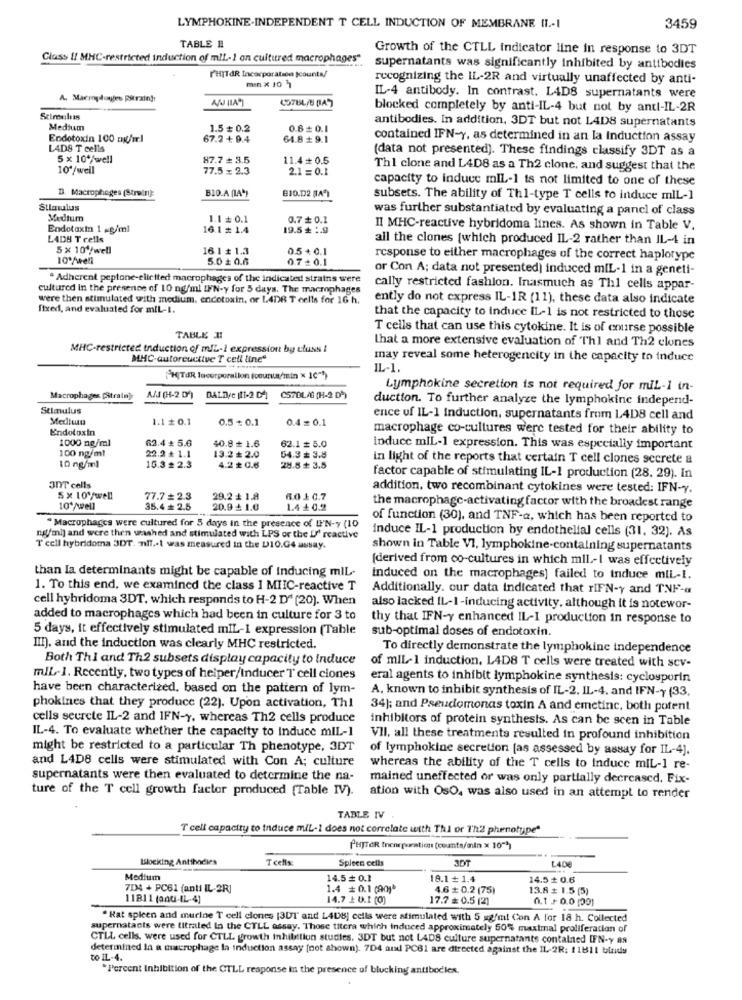
LYMPHOKINE-INDEPENDENT T CELL INDUCTION OF MEMBRANE II .- 1
3459
TABLE #
Growth of the CTLL indicator line in response to 3DT
Class !! MHC-restricted induction of mlL-1 on cultured macrophages"
supernatants was significantly inhibited by antibodies
PHITAR Incorporation |counts/
recognizing the IL-2R and virtually unaffected by anti-
menX 10 7
IL-4 antibody. In contrast. L4D8 supernatants were
blocked completely by anti-IL-4 but not by anti-IL-2R
Stimulus
antibodies. In addition, 3DT but not L4D8 supernatants
Medium
1.5 = 0.2
0.8+ 0.1
Endotoxin 100 mg/ml
67.2 + 9.4
64.8 + 9.1
contained IFN-Y, as determined in an la Induction assay
LADS T cells
(data not presented). These findings classify 3DT as a
5 x 10*/well
87.7 + 3.5
11.4+ 0.5
10'/well
77.5= 2.3
2.1 = 0.1
Thl clone and L4D8 as a Th2 clone, and suggest that the
capacity to induce mil-1 is not limited to one of these
D. Macrophages (Strein):
BIO.A (A")
810.002 (4)
subsets. The ability of Th1-type T cells to induce mIL-1
Stimulus
was further substantiated by evaluating a panel of class
Medturn
1.1 = 0.1
0.7 # 0.1
Endotoxin 1 ~g/ml
16.1 # 1.4
19.5 + :. 9
II MHC-reactive hybridoma lines. As shown in Table V.
LADB T cells
all the clones (which produced IL-2 rather than IL-4 in
5 x 104/well
16 1 + 1.3
0.5+0.1
10º/well
5.0 ₺ 0.6
07+0.1
response to either macrophages of the correct haplorype
or Con A; data not presented) induced m[L-1 in a geneti-
. Adherent peptone-elicited macrophages of the indicated strains were
cultured in the presence of 10 ng/ml IFN-y for 5 days. The macmphages
cally restricted fashion. Inasmuch as Thi cells appar-
were then stimulated with medium, endotoxin, or LADA T cells for 16 h.
ently do not express IL-IR (11), these data also indicate
fixed, and evaluated for miL-1.
that the capacity to induce IL-1 is not restricted to those
T cells that can use this cytokine. It is of cmirse possible
TABLE II
that a more extensive evaluation of Thl and Th2 clones
MHC-restricted induction of mlL-1 expression by cluss !
MHC-autoreuctive T cell line"
may reveal some heterogencity in the capacity to induce
IL-1.
HITAR lacorporation (ocunun/min x 10"*)
Lymphokine secretion is not required for mil-1 in-
Macrophages [Strain).
A/S (H-2 D')
DALD/C (11-2 DA)
C57DLAG (1-2 D))
duction. To further analyze the lymphokinc independ-
Stimulus
Mediut
1.1 0.1
0.5 + 0.1
0.4=0.1
ence uf IL-1 Induction, supernatants from L4D8 cell and
Endotoxin
macrophage co-cultures were tested for their ability to
1000 mg/ml
62.4 : 5.6
40.8 ₺ 1.6
62.1 # 5.0
100 ng/ml
22.2 + 1.1
induce miL-1 expression. This was especially important
13.2 +2.0
54.3 = 3.8
in light of the reports that certain T cell clones secrete &
10 ng/ml
16.3 # 2.3
4.2 ₺ 0.6
28.8 + 3.5
factor capable of stimulating IL-1 production (28. 29). In
30T cells
addition, two recombinant cytokines were tested: IFN-Y.
5x 10º/well
77.7 = 2.3
29.2 + 1.8
6.0 10.7
10º/well
35.4 2.5
20.9 ₺ 1.0
1.4 + 0.2
the macrophage-activating factor with the broadest range
of function (30), and TNF-a, which has been reported to
"Macrophages were cultured for 5 days in the presence of UP'N-y (10
induce IL-1 production by endothelial cells (31. 32]. As
ng/ml) and were then washed and stimulated with LPS or the U' reactive
T cell hybridoma 3DT. nlf .- 1 was measured in the L1O.G4 assay.
shown in Table VI, lymphokine-containing supernatants
(derived from co-cultures in which mil-I was effectively
than Ia determinants might be capable of inducing mIL-
induced on the macrophages] failed to induce miL-I.
1. To this end, we examined the class I MIIC-reactive T
Additionally. our data indicated that rIFN-y and TNF-a
cell hybridoma 3DT, which responds to H-2 D" (20). When
also lacked IL-1-inducing activity, although it is notewor-
added to macrophages which had been in culture for 3 to
thy that IFN-y enhanced IL-I production in response to
5 days, it effectively stimulated mIL-1 expression (Table
sub-optimal doses of endotoxin.
III). and the induction was clearly MHC restricted.
To directly demonstrate the lymphokine independence
Both Thi and Th2 subsets display capacity to induce
of miL-1 induction, L4D8 T cells were treated with scv-
m/L-1. Recently, two types of heiper/Inducer T cell ciones
eral agents to inhibit lymphokine synthesis: cyclosporin
have been characterized, based on the pattern of lym-
A. known to inhibit synthesis of IL-2. IL-4. and IFN-y (33,
phokines that they produce (22). Upon activation, Thi
34); and Pseudomonas toxin A and emetinc, both potent
cells seurete IL-2 and IFN-y, whereas Th2 cells produce
inhibitors of protein synthesis. As can be scen in Table
IL-4. To evaluate whether the capacity to induce mIL-1
VII, all these treatments resulted in profound inhibition
might be restricted to a particular Th phenotype, 3DT
of lymphokine secretion [as assessed by assay for IL-4].
and L4D8 cells were stimulated with Con A; culture
whereas the ability of the T cells to induce mil-1 re-
supernatants were then evaluated to determine the na-
mained uneffected or was only partially decreased. Fix-
ture of the T cell growth factor produced [Table IV).
ation with OsO, was also used in an attempt to render
TABLE IV .
T cell capacity to induce miL-1 does not correlate with Thi or Th2 phenotype"
PHJTER Inonrporation (counts/min x 10"*)
Blocking Antibodies
T cells:
Spleen cells
3DT
LADE
Medium
14.5 = 0.1
18.1 + 1.4
14.5£ 0.6
7D4 + PC61 (anti IL-2R]
1.4 # 0.1 (90j*
4.6 ₺ 0.2 (75)
13.8 # 1.5 (5)
11811 (anti-IL-4]
14.7 + 0.1 (0)
17.7 = 0.5 (2)
0.1 + 0.0 (29)
" Rat spleen and murine T cell clones [3UT and LAUB] cells were stimulated with 5 mg/ml Con A for 18 h. Collected
supernatants were titrated In the CTLL assay. Those titera which induced approximately 50% maximal proliferation of
CTLL cells. were used for CTLL growth Inhibition studies. 3DT but not LADS culture supernatants contained IFN-y 89
determined in a macrophage la induction assay [not shown). 7D4 and PC61 are directed against the IL-2R: 11611 tttids
to IL-4.
*Percent Inhibition of the CTLL response in the presence of blucking antibodies.